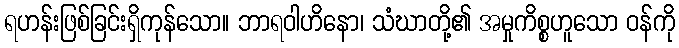
ရဟန်းဖြစ်ခြင်းရှိကုန်သော။ ဘာရဝါဟိနော၊ သံဃာတို့၏ အမှုကိစ္စဟူသော ဝန်ကို